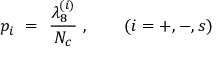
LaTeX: p _ { i } \ = \ \frac { \lambda _ { 8 } ^ { ( i ) } } { N _ { c } } \ , \qquad ( i = + , - , s )